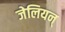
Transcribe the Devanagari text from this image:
जेलियन्